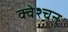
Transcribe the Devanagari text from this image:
क्वेश्चन्‌